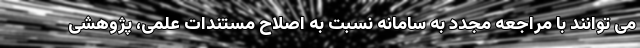
می توانند با مراجعه مجدد به سامانه نسبت به اصلاح مستندات علمی، پژوهشی